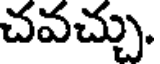
చవచ్చు.